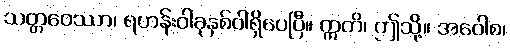
သတ္တဝေဿာ၊ ရဟန်းဝါခုနှစ်ဝါရှိပေပြီ။ ဣတိ၊ ဤသို့။ အဝေါစ၊